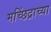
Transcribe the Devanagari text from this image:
मच्छिंद्राच्या